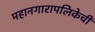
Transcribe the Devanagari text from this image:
महानगारापलिकेची